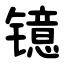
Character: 镱